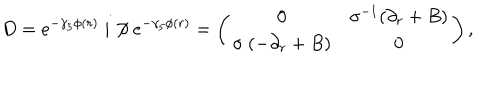
LaTeX: D = e ^ { - \gamma _ { 5 } \phi ( r ) \ } i \not \! \partial \ e ^ { - \gamma _ { 5 } \phi ( r ) } = \left( \begin{array} { c c } { { 0 } } & { { \sigma ^ { - 1 } ( \partial _ { r } + B ) } } \\ { { \sigma \ ( - \partial _ { r } + B ) } } & { { 0 } } \\ \end{array} \right) ,